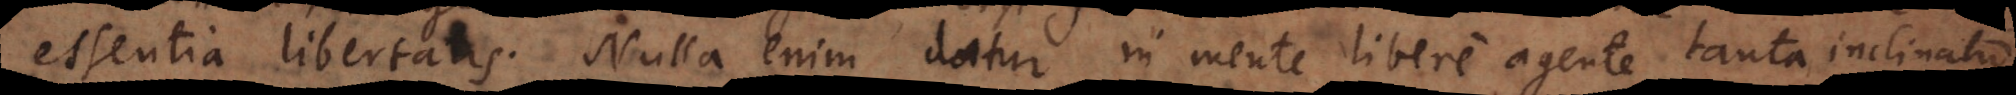
essentia libertatis. Nulla enim datur in mente libere agente tanta inclinat